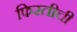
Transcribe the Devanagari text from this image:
फिरतीची